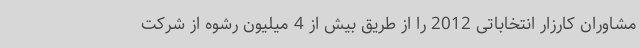
مشاوران کارزار انتخاباتی 2012 را از طریق بیش از 4 میلیون رشوه از شرکت